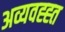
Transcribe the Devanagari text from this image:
अव्यवह्ह्त